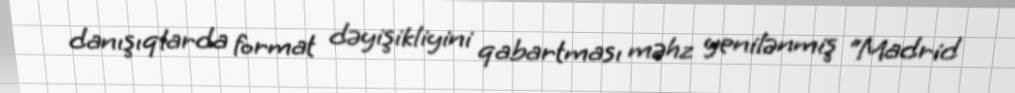
danışıqlarda format dəyişikliyini qabartması məhz yenilənmiş “Madrid